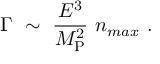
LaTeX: \Gamma ~ \sim ~ { \frac { E ^ { 3 } } { M _ { \mathrm { P } } ^ { 2 } } } ~ n _ { m a x } ~ .